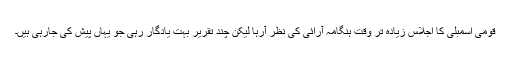
قومی اسمبلی کا اجلاس زیادہ تر وقت ہنگامہ آرائی کی نظر آرہا لیکن چند تقریر بہت یادگار رہی جو یہاں پیش کی جارہی ہیں۔